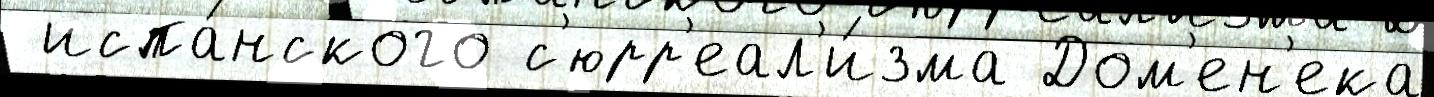
 испа́нского с'юрр'еал'и́зма Дом'ен'ека